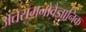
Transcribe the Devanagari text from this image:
अंतरामनोवैज्ञानिक